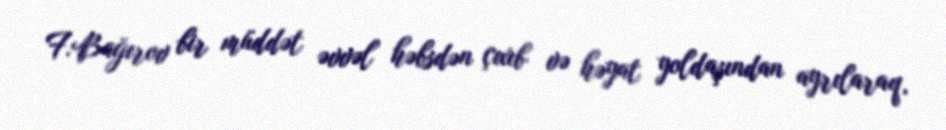
F.Bağırov bir müddət əvvəl həbsdən çıxıb və həyat yoldaşından ayrılaraq,